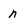
Character: n